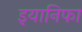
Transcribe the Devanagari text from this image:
इयानिफा